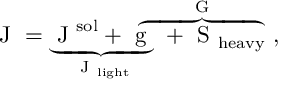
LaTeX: \mathrm { \boldmath ~ J ~ } = \underbrace { \mathrm { \boldmath ~ J ~ } ^ { \mathrm { s o l } } + \mathrm { \boldmath ~ g ~ } } _ { \mathrm { \boldmath ~ J ~ } _ { \mathrm { l i g h t } } } \! \! \! \! \! \overbrace { \ \ \ + \mathrm { \boldmath ~ S ~ } _ { \mathrm { h e a v y } } } ^ { \mathrm { \boldmath ~ G ~ } } \ ,